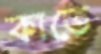
কাতে